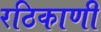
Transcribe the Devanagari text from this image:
रठिकाणी